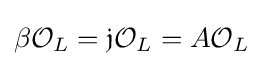
\beta {\mathcal {O}}_{L}={\mathfrak {j}}{\mathcal {O}}_{L}=A{\mathcal {O}}_{L}